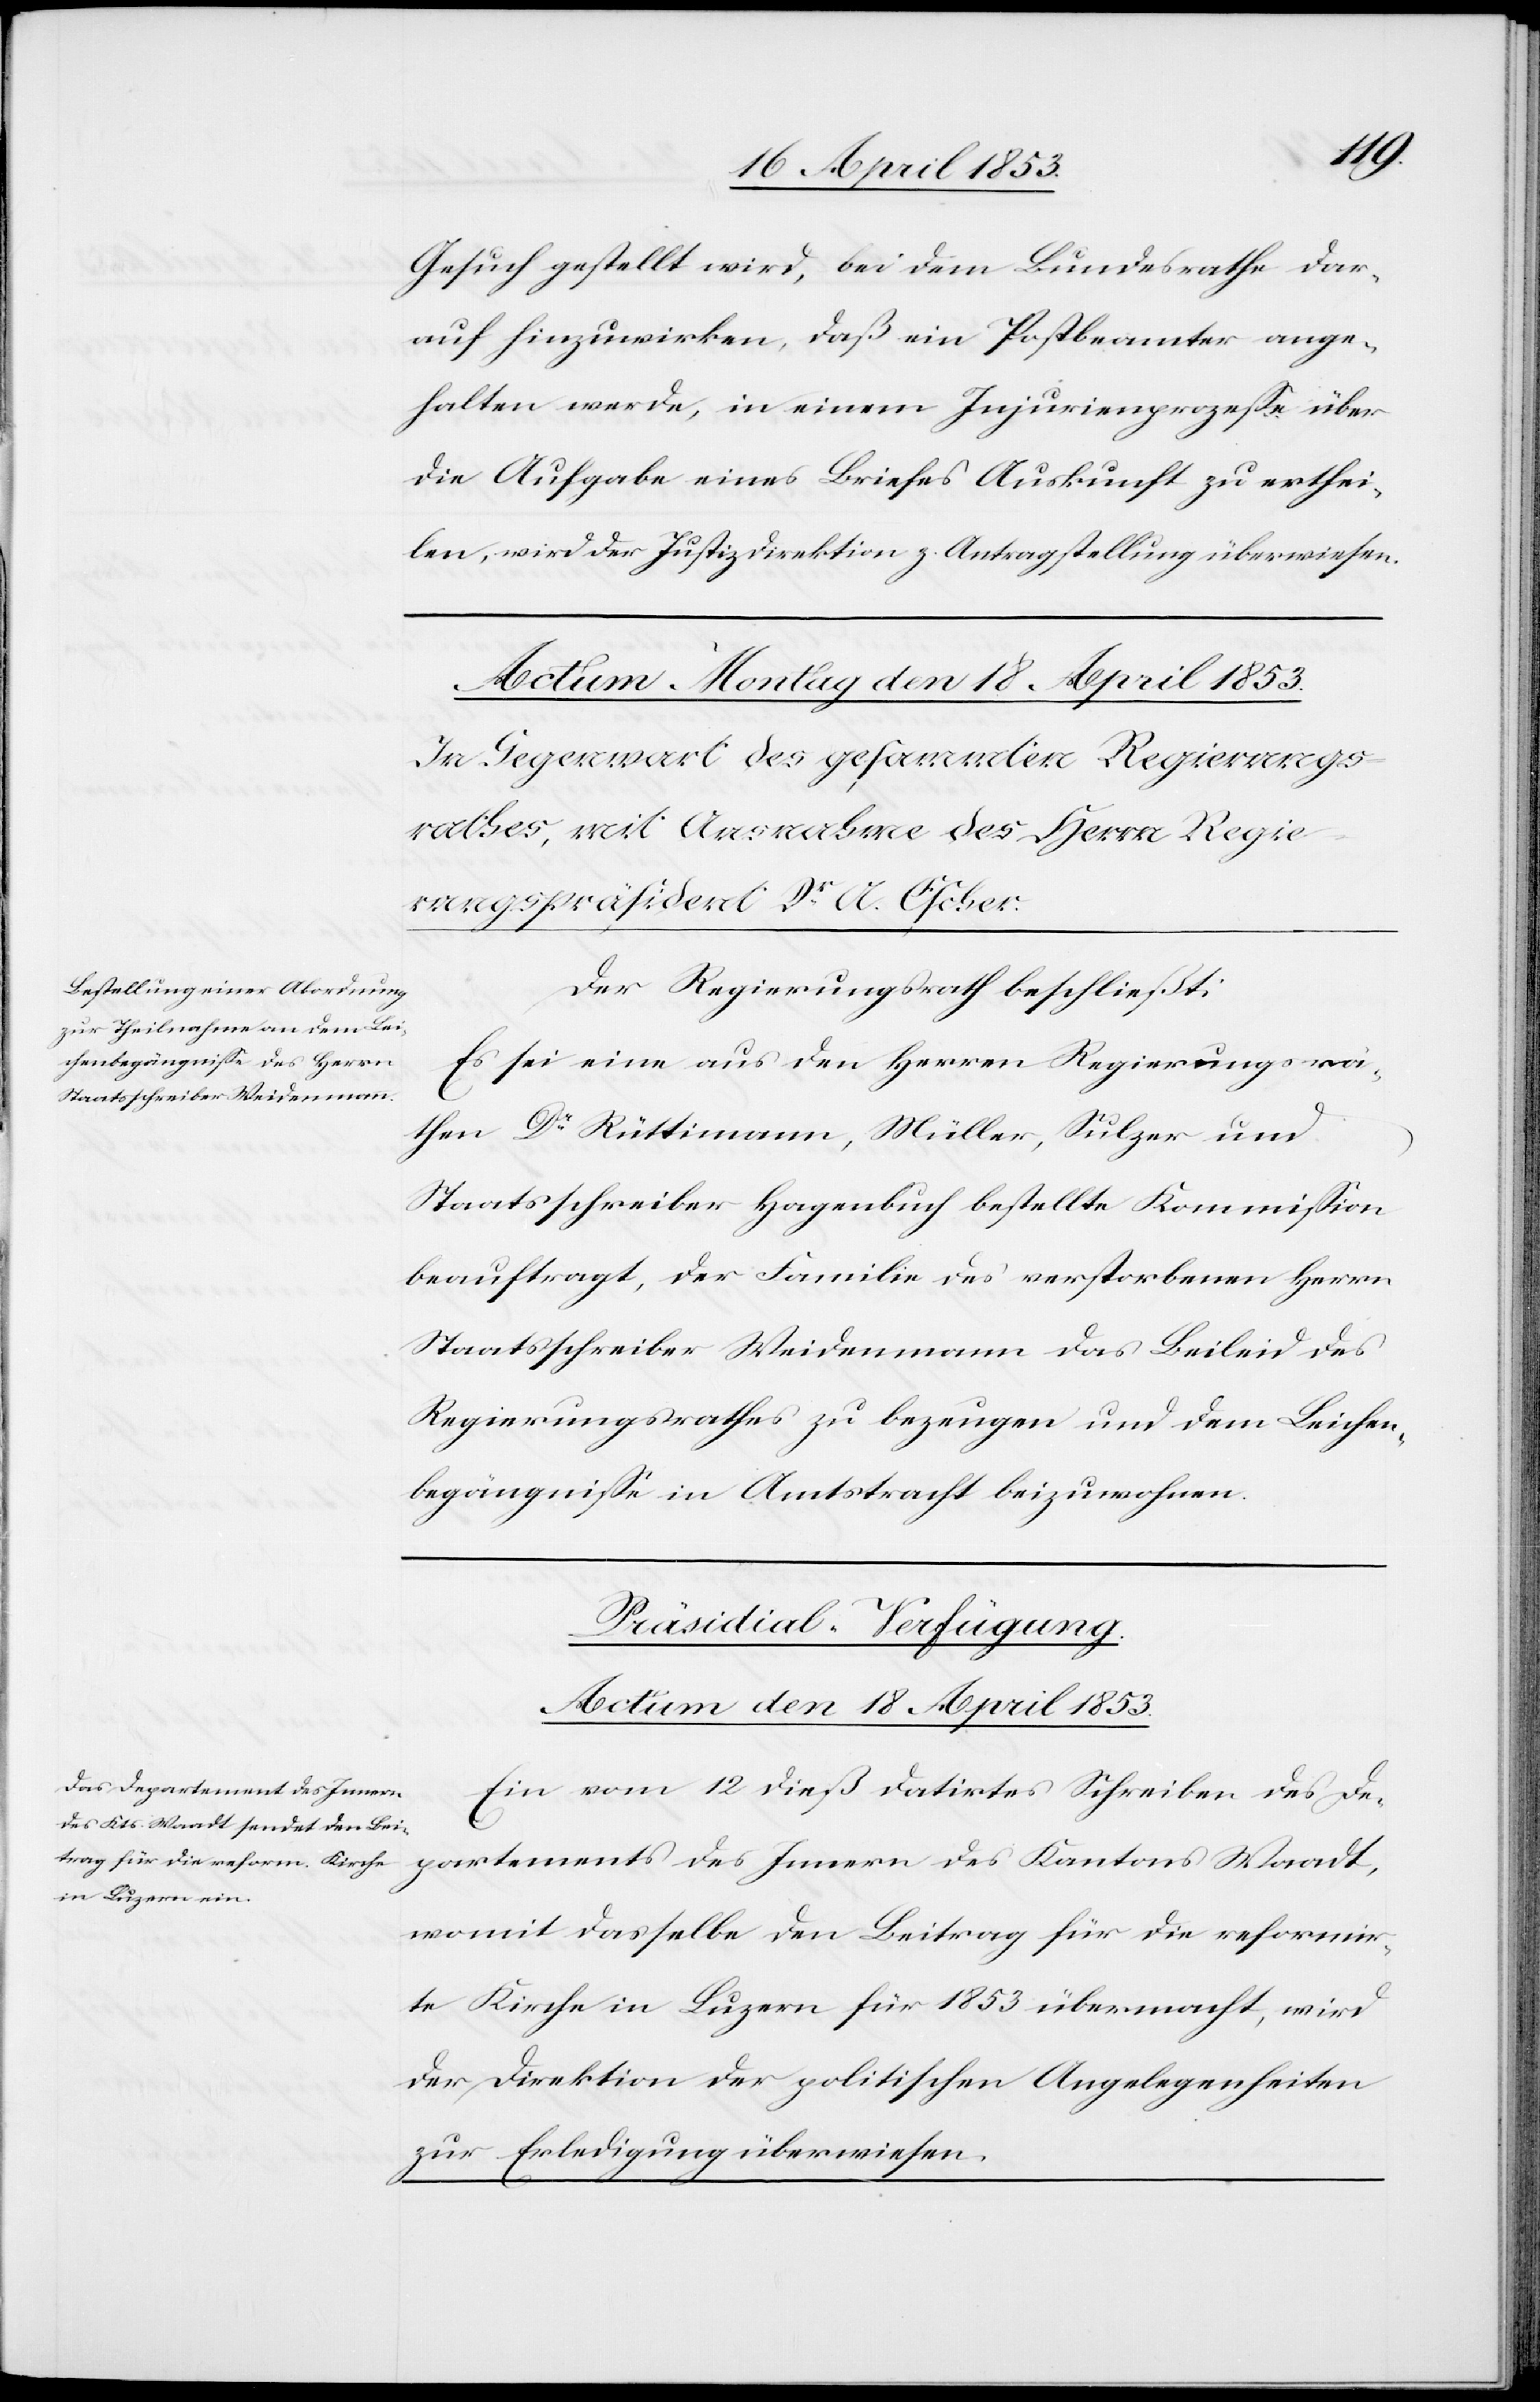
Gesuch gestellt wird, bei dem Bundesrathe dar¬
auf hinzuwirken, daß ein Postbeamter ange¬
halten werde, in einem Injurienprozeße über
die Aufgabe eines Briefes Auskunft zu erthei¬
len, wird der Justizdirektion z. Antragstellung überwiesen.
Der Regierungsrath beschließt:
Es sei eine aus den Herrn Regierungsrä¬
then Dr. Rüttimann, Müller, Sulzer und
Staatsschreiber Hagenbuch bestellte Kommißion
beauftragt, der Familie des verstorbenen Herrn
Staatsschreiber Weidemann das Beileid des
Regierungsrathes zu bezeugen und dem Leichen¬
begängniße in Anbetracht beizuwohnen.
Präsidial-Verfügung.
Actum den 18 April 1853.
Ein vom 12 dieß datirtes Schreiben des De¬
partements des Innern des Kantons Waadt,
womit dasselbe den Beitrag für die reformir¬
te Kirche in Luzern für 1853 übermacht, wird
der Direktion der politischen Angelegenheiten
zur Erledigung überwiesen.